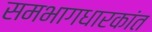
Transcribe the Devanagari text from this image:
समभागधारकांत